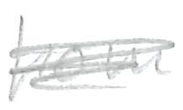
Text: from
Cross-out: scratch
Writing tool: pencil